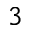
^ 3